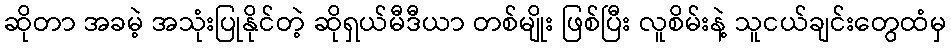
ဆိုတာ အခမဲ့ အသုံးပြုနိုင်တဲ့ ဆိုရှယ်မီဒီယာ တစ်မျိုး ဖြစ်ပြီး လူစိမ်းနဲ့ သူငယ်ချင်းတွေထံမှ